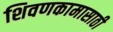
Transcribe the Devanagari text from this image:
शिवणकामासाठी